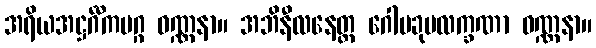
အရိယအဋ္ဌင်္ဂီကမဂ္ဂ ဝဏ္ဏနာ။ အဘိနီလနေတ္တ ဂေါပခုမလက္ခဏာ ဝဏ္ဏနာ။